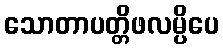
သောတာပတ္တိဖလမ္ပိပေ